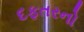
દફતરનો